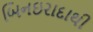
બિનઇરાદાથી